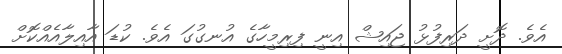
އެވެ. ދޮށީ ދަރިފުޅު ޖައިޝް އިނީ ފިރިމީހާގެ އުނގުގަ އެވެ. ކުޑަ އާއިލާއެއްކޮށް